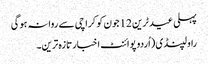
پہلی عید ٹرین 12جون کو کراچی سے روانہ ہوگی
راولپنڈی (اُردو پوائنٹ اخبارتازہ ترین۔